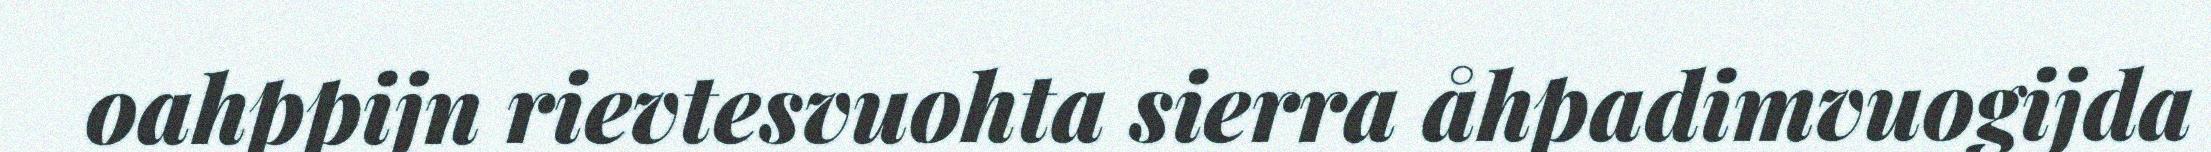
oahppijn rievtesvuohta sierra åhpadimvuogijda